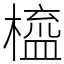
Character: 橀